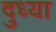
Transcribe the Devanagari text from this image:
दुध्या